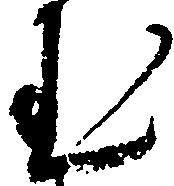
む